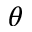
\theta